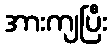
အားကျပြီး